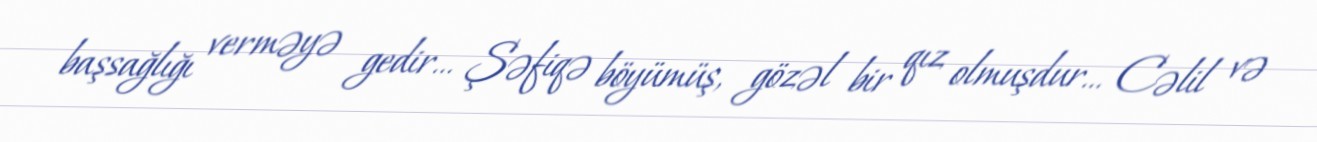
başsağlığı verməyə gedir… Şəfiqə böyümüş, gözəl bir qız olmuşdur… Cəlil və